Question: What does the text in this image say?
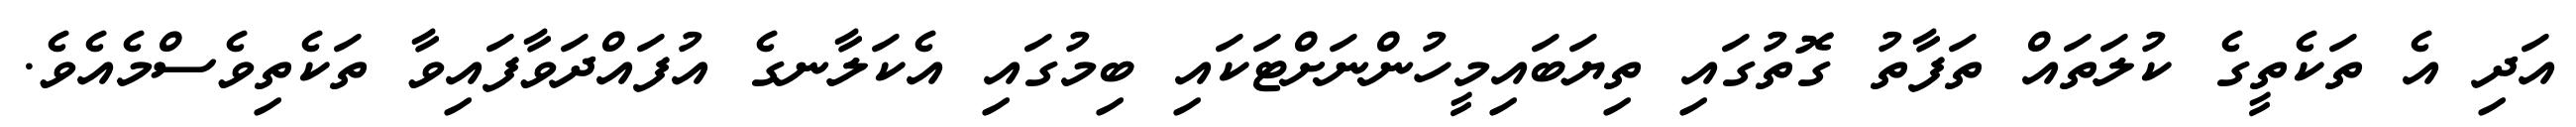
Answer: އަދި އެ ތަކެތީގެ ކުލަތައް ތަފާތު ގޮތުގައި ތިޔަބައިމީހުންނަށްޓަކައި ބިމުގައި އެކަލާނގެ އުފައްދަވާފައިވާ ތަކެތިވެސްމެއެވެ.